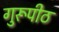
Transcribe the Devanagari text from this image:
गुरूपीठ